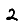
Digit: 2